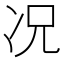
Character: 况